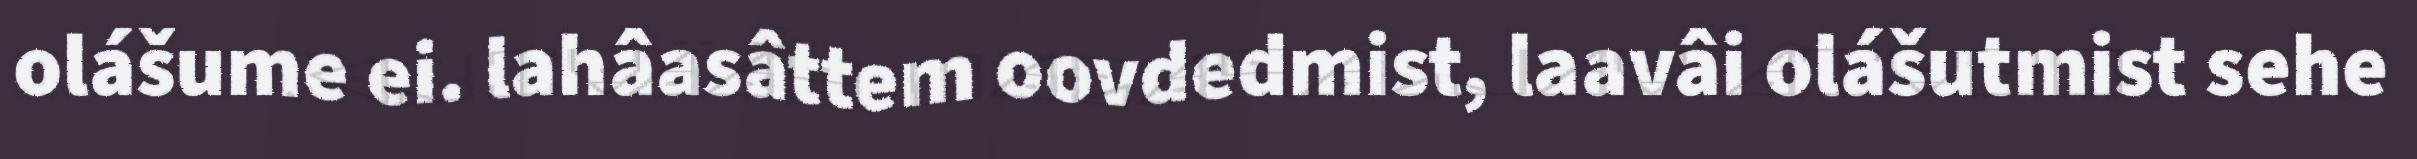
olášume ei. lahâasâttem oovdedmist, laavâi olášutmist sehe